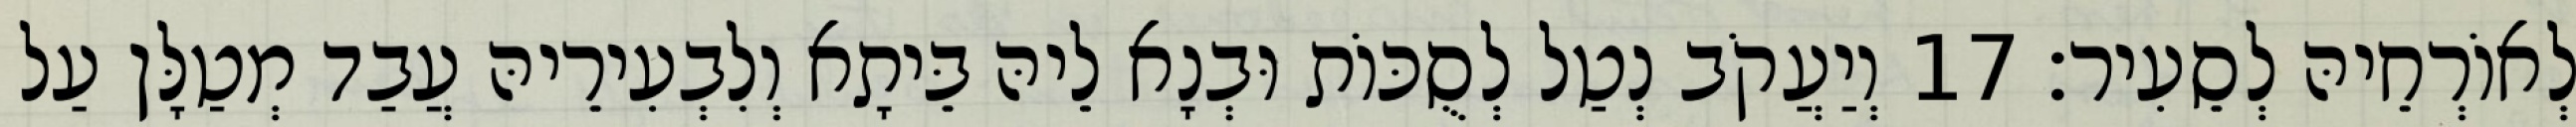
לְאוֹרְחֵיהּ לְסֵעִיר׃ 17 וְיַעֲקֹב נְטַל לְסֻכּוֹת וּבְנָא לֵיהּ בֵּיתָא וְלִבְעִירֵיהּ עֲבַד מְטַלָּן עַל